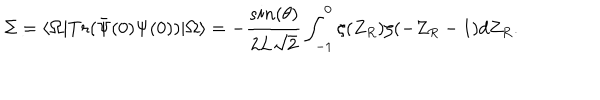
\Sigma = \langle \Omega \vert T r ( { \bar { \Psi } ( 0 ) } \Psi ( 0 ) ) \vert \Omega \rangle = - { \frac { s i n ( \theta ) } { 2 L \sqrt { 2 } } } \int _ { - 1 } ^ { 0 } \zeta ( Z _ { R } ) \zeta ( - Z _ { R } - 1 ) d Z _ { R } .